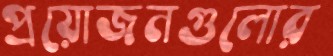
প্রয়োজনগুলোর